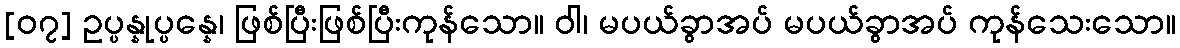
[၀၇] ဥပ္ပန္နုပ္ပန္နေ၊ ဖြစ်ပြီးဖြစ်ပြီးကုန်သော။ ဝါ၊ မပယ်ခွာအပ် မပယ်ခွာအပ် ကုန်သေးသော။